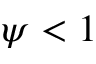
\psi < 1